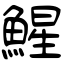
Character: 鯹